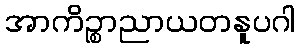
အာကိဉ္စာညာယတနူပဂါ